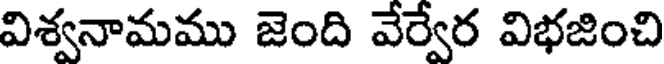
విశ్వనామము జెంది వేర్వేర విభజించి